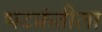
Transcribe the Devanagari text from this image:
भटकंतीला